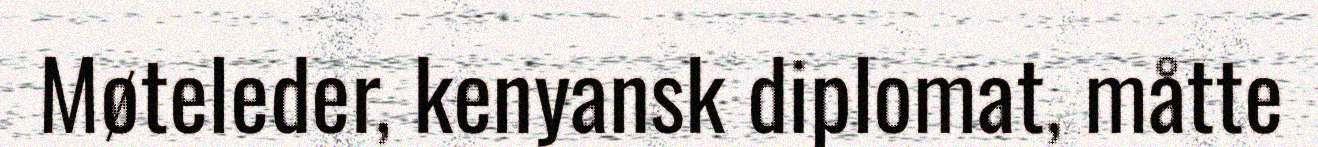
Møteleder, kenyansk diplomat, måtte